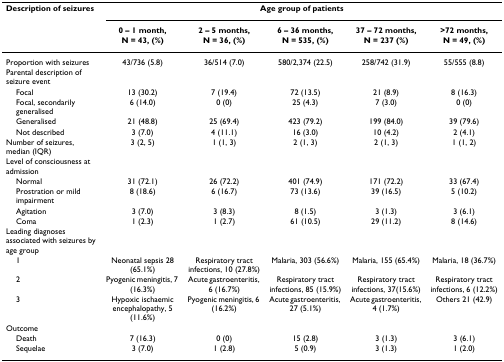
<table><thead><tr><td><b>Description of seizures</b></td><td colspan="5"><b>Age group of patients</b></td></tr><tr><td></td><td><b>0 – 1 month, N = 43, (%)</b></td><td><b>2 – 5 months, N = 36, (%)</b></td><td><b>6 – 36 months, N = 535, (%)</b></td><td><b>37 – 72 months, N = 237 (%)</b></td><td><b>&gt;72 months, N = 49, (%)</b></td></tr></thead><tbody><tr><td>Proportion with seizures</td><td>43/736 (5.8)</td><td>36/514 (7.0)</td><td>580/2,374 (22.5)</td><td>258/742 (31.9)</td><td>55/555 (8.8)</td></tr><tr><td>Parental description of seizure event</td><td></td><td></td><td></td><td></td><td></td></tr><tr><td> Focal</td><td>13 (30.2)</td><td>7 (19.4)</td><td>72 (13.5)</td><td>21 (8.9)</td><td>8 (16.3)</td></tr><tr><td> Focal, secondarily generalised</td><td>6 (14.0)</td><td>0 (0)</td><td>25 (4.3)</td><td>7 (3.0)</td><td>0 (0)</td></tr><tr><td> Generalised</td><td>21 (48.8)</td><td>25 (69.4)</td><td>423 (79.2)</td><td>199 (84.0)</td><td>39 (79.6)</td></tr><tr><td> Not described</td><td>3 (7.0)</td><td>4 (11.1)</td><td>16 (3.0)</td><td>10 (4.2)</td><td>2 (4.1)</td></tr><tr><td>Number of seizures, median (IQR)</td><td>3 (2, 5)</td><td>1 (1, 3)</td><td>2 (1, 3)</td><td>2 (1, 3)</td><td>1 (1, 2)</td></tr><tr><td>Level of consciousness at admission</td><td></td><td></td><td></td><td></td><td></td></tr><tr><td> Normal</td><td>31 (72.1)</td><td>26 (72.2)</td><td>401 (74.9)</td><td>171 (72.2)</td><td>33 (67.4)</td></tr><tr><td> Prostration or mild impairment</td><td>8 (18.6)</td><td>6 (16.7)</td><td>73 (13.6)</td><td>39 (16.5)</td><td>5 (10.2)</td></tr><tr><td> Agitation</td><td>3 (7.0)</td><td>3 (8.3)</td><td>8 (1.5)</td><td>3 (1.3)</td><td>3 (6.1)</td></tr><tr><td> Coma</td><td>1 (2.3)</td><td>1 (2.7)</td><td>61 (10.5)</td><td>29 (11.2)</td><td>8 (14.6)</td></tr><tr><td>Leading diagnoses associated with seizures by age group</td><td></td><td></td><td></td><td></td><td></td></tr><tr><td> 1</td><td>Neonatal sepsis 28 (65.1%)</td><td>Respiratory tract infections, 10 (27.8%)</td><td>Malaria, 303 (56.6%)</td><td>Malaria, 155 (65.4%)</td><td>Malaria, 18 (36.7%)</td></tr><tr><td> 2</td><td>Pyogenic meningitis, 7 (16.3%)</td><td>Acute gastroenteritis, 6 (16.7%)</td><td>Respiratory tract infections, 85 (15.9%)</td><td>Respiratory tract infections, 37(15.6%)</td><td>Respiratory tract infections, 6 (12.2%)</td></tr><tr><td> 3</td><td>Hypoxic ischaemic encephalopathy, 5 (11.6%)</td><td>Pyogenic meningitis, 6 (16.2%)</td><td>Acute gastroenteritis, 27 (5.1%)</td><td>Acute gastroenteritis, 4 (1.7%)</td><td>Others 21 (42.9)</td></tr><tr><td>Outcome</td><td></td><td></td><td></td><td></td><td></td></tr><tr><td> Death</td><td>7 (16.3)</td><td>0 (0)</td><td>15 (2.8)</td><td>3 (1.3)</td><td>3 (6.1)</td></tr><tr><td> Sequelae</td><td>3 (7.0)</td><td>1 (2.8)</td><td>5 (0.9)</td><td>3 (1.3)</td><td>1 (2.0)</td></tr></tbody></table>